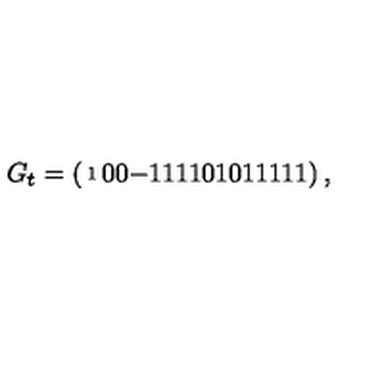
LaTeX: { \scriptsize G _ { t } = \left( \begin{matrix} { 1 } & { 0 } & { 0 } & { - 1 } & { 1 } \\ { 1 } & { 1 } & { 0 } & { 1 } & { 0 } \\ { 1 } & { 1 } & { 1 } & { 1 } & { 1 } \\ \end{matrix} \right) , }